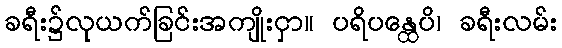
ခရီး၌လုယက်ခြင်းအကျိုးငှာ။ ပရိပန္ထေပိ၊ ခရီးလမ်း